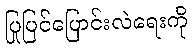
ပြုပြင်ပြောင်းလဲရေးကို